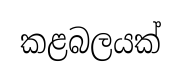
කළබලයක්